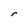
Character: r